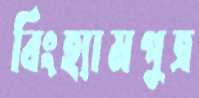
বিংহ্যামপুত্র